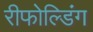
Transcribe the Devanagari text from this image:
रीफोल्डिंग